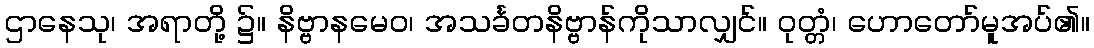
ဌာနေသု၊ အရာတို့ ၌။ နိဗ္ဗာနမေဝ၊ အသင်္ခတနိဗ္ဗာန်ကိုသာလျှင်။ ဝုတ္တံ၊ ဟောတော်မူအပ်၏။